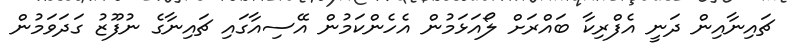
ޗައިނާއިން ދަނީ އެފްރިކާ ބައްރަށް ލޯއަޅަމުން އެހެންކަމުން އޭސިއާގައި ޗައިނާގެ ނުފޫޒު ގަދަވަމުން